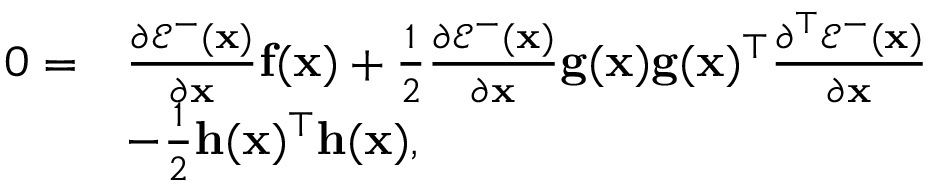
\begin{array} { r l } { 0 = } & { \frac { \partial \mathcal { E } ^ { - } ( \mathbf { x } ) } { \partial \mathbf { x } } \mathbf { f } ( \mathbf { x } ) + \frac { 1 } { 2 } \frac { \partial \mathcal { E } ^ { - } ( \mathbf { x } ) } { \partial \mathbf { x } } \mathbf { g } ( \mathbf { x } ) \mathbf { g } ( \mathbf { x } ) ^ { \top } \frac { \partial ^ { \top } \mathcal { E } ^ { - } ( \mathbf { x } ) } { \partial \mathbf { x } } } \\ & { - \frac { 1 } { 2 } \mathbf { h } ( \mathbf { x } ) ^ { \top } \mathbf { h } ( \mathbf { x } ) , } \end{array}